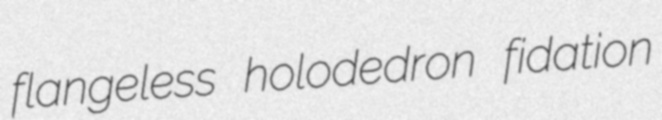
flangeless holodedron fidation